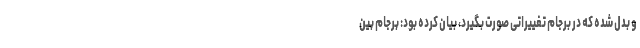
و بدل شده که در برجام تغییراتی صورت بگیرد، بیان کرده بود: برجام بین